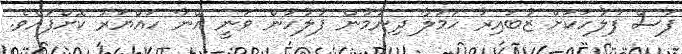
ފަސް ފުލުހަކަށް ޒުބައިރު ހަމަލާ ދިނުމުން ފުލުހުން ވަނީ އޭނާ ހައްޔަރު ކޮށްފައެވެ.